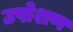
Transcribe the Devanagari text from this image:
उपोशण